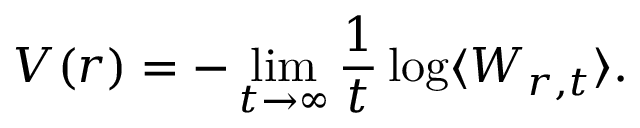
V ( r ) = - \operatorname * { l i m } _ { t \to \infty } \frac { 1 } { t } \log \langle W _ { r , t } \rangle .